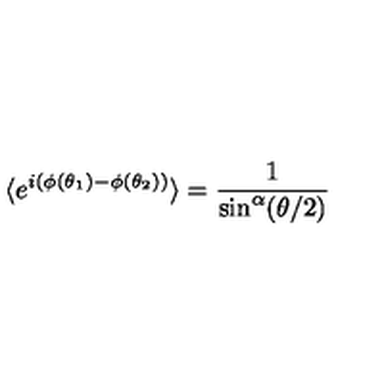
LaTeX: \langle e ^ { i ( \phi ( \theta _ { 1 } ) - \phi ( \theta _ { 2 } ) ) } \rangle = \frac 1 { \sin ^ { \alpha } ( \theta / 2 ) }